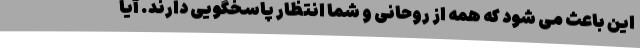
این باعث می شود که همه از روحانی و شما انتظار پاسخگویی دارند. آیا